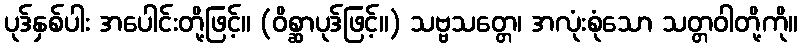
ပုဒ်နှစ်ပါး အပေါင်းတို့ဖြင့်။ (ဝိစ္ဆာပုဒ်ဖြင့်။) သဗ္ဗသတ္တေ၊ အလုံးစုံသော သတ္တဝါတို့ကို။